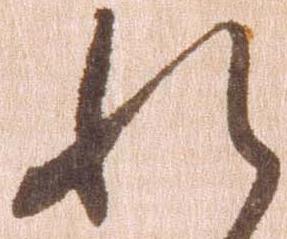
れ